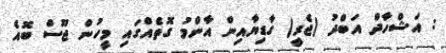
: އަޝްހާދް އަބްދު (ޖެރީ) ގާޑިޔާއިން އާންމު ގޮތެއްގައި މީހުން ޖޫސް ބޮއެ